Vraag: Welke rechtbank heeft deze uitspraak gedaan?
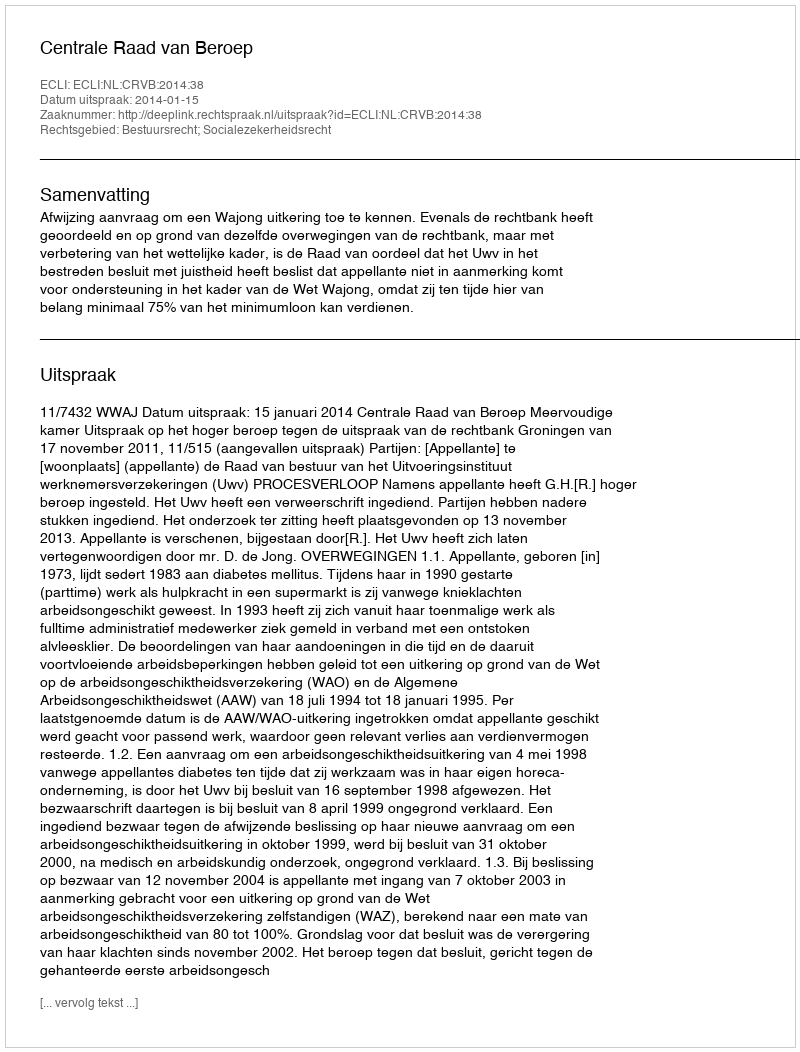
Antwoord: Centrale Raad van Beroep